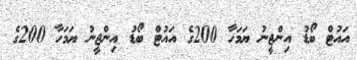
އައުޓް ބޯޑު އިންޖީނު ޔަމަހާ 200ގެ އައުޓް ބޯޑު އިންޖީނު ޔަމަހާ 200ގެ